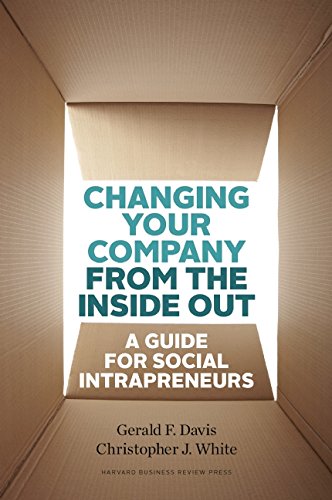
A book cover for Changing Your Company from the Inside Out: A Guide for Social Intrapreneurs; Gerald F. Davis; Business & Money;